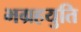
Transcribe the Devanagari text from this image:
भग्रहयुति